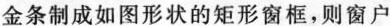
金条制成如图形状的矩形窗框，则窗户